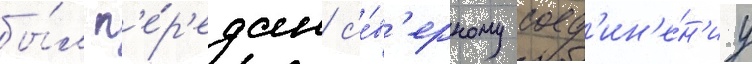
бы́л п'е́р'едан с'е́в'ерному соед'ин'е́н'иу